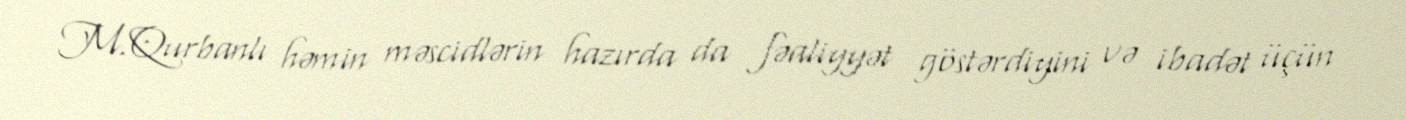
M.Qurbanlı həmin məscidlərin hazırda da fəaliyyət göstərdiyini və ibadət üçün